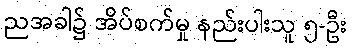
ညအခါ၌ အိပ်စက်မှု နည်းပါးသူ ၅-ဦး